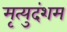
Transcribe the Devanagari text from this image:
मृत्युदंशम